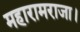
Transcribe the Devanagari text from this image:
महारामराजा।